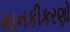
માનકીકરણો